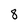
Character: 8